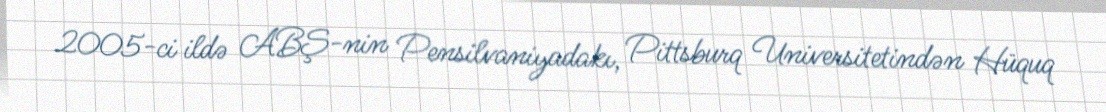
2005-ci ildə ABŞ-nin Pensilvaniyadakı, Pittsburq Universitetindən Hüquq